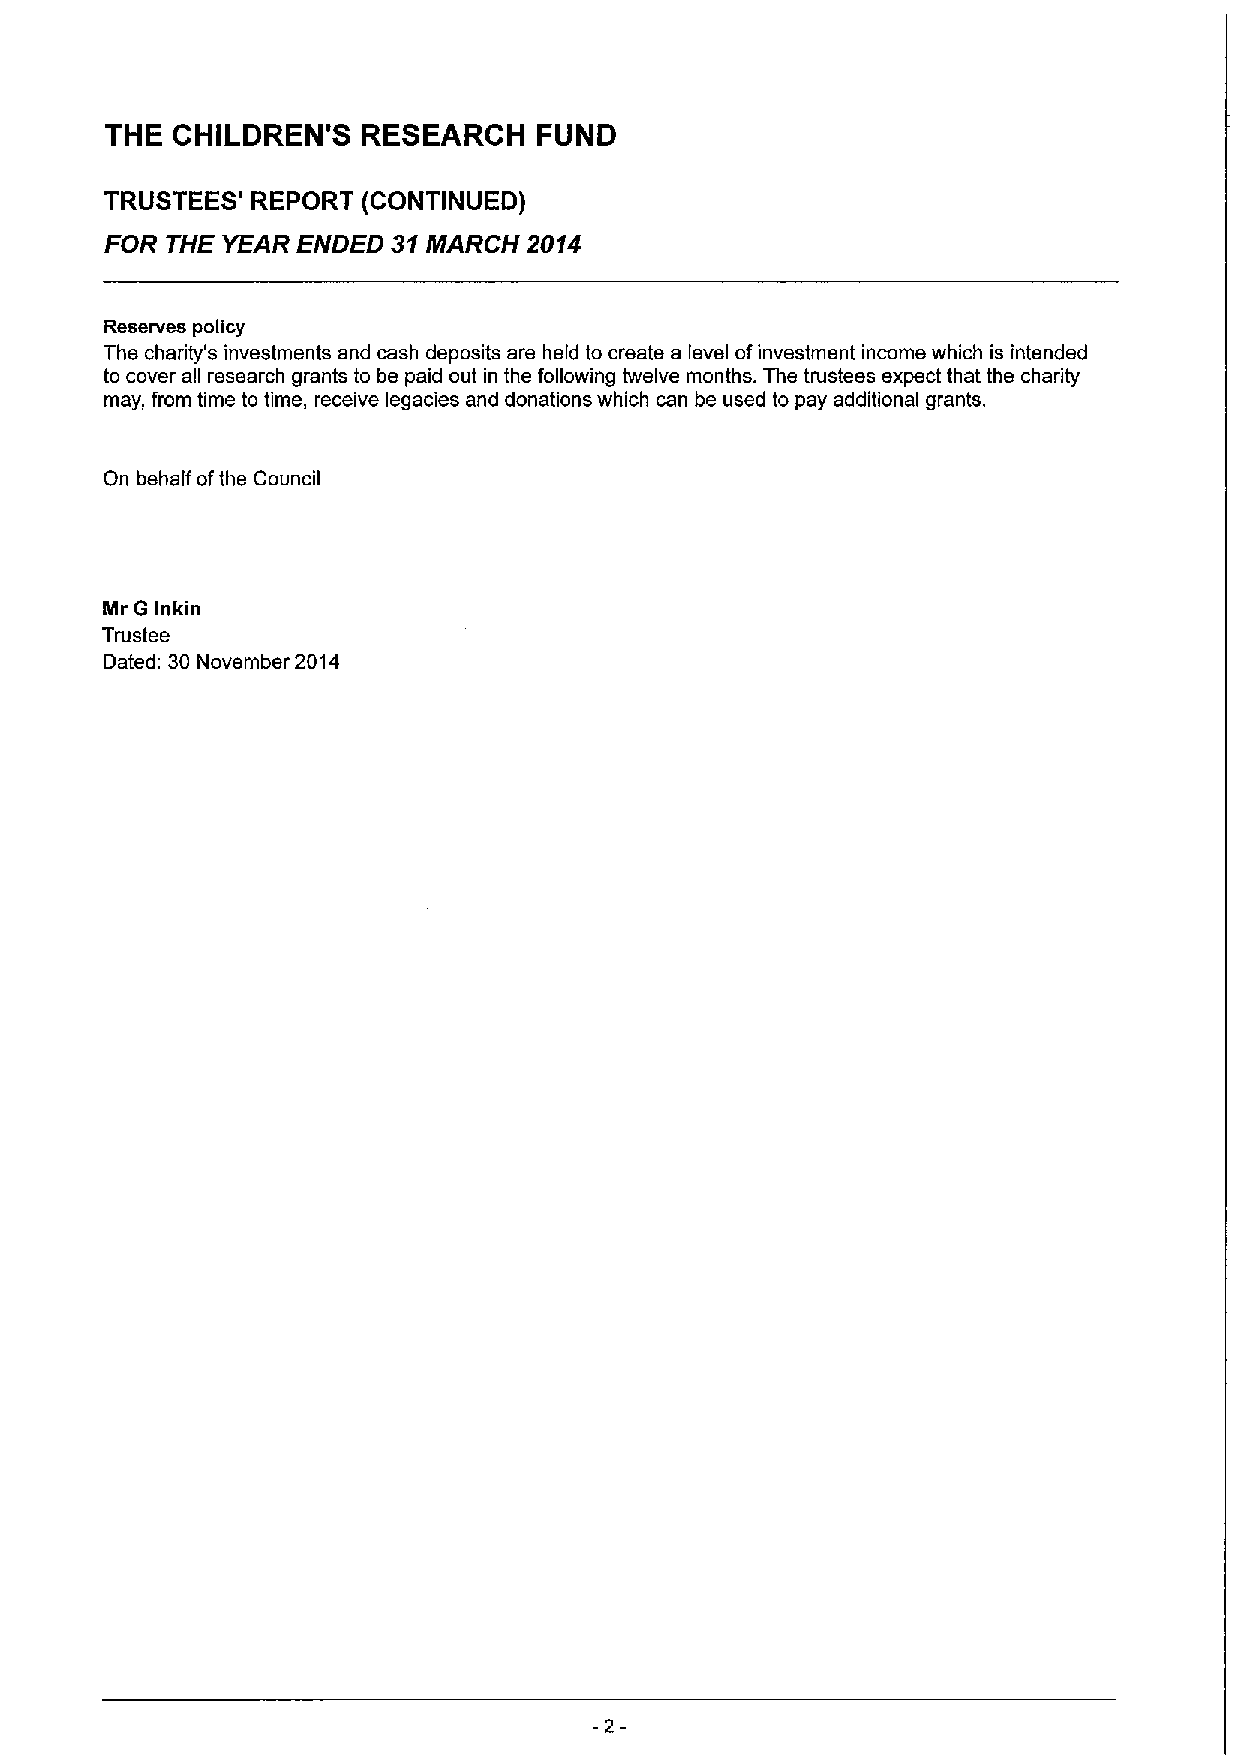
THE CHILDREN'S   RESEARCH    FUND
 TRUSTEES' REPORT (CONTINUED)
 FOR THE YEAR ENDED 31MARCH  2014
 Reserves policy
 The charity's investments and cash deposits are held to create a level ofinvestment income which is intended
 to cover all research grants to be paid out in the following twelve months. The trustees expect that the charity
 may, from time to time, receive legacies and donations which can be used to pay additional grants.
 On behalf ofthe Council
 Mr G Inkin
 Trustee
 Dated: 30 November 2014